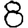
Digit: 8